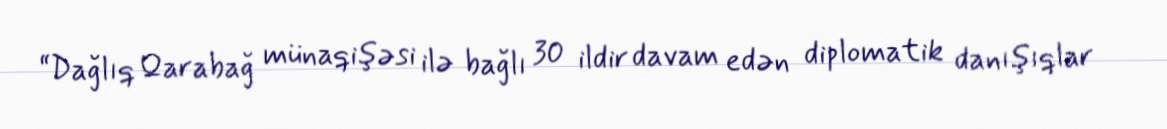
“Dağlıq Qarabağ münaqişəsi ilə bağlı 30 ildir davam edən diplomatik danışıqlar